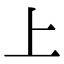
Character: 上